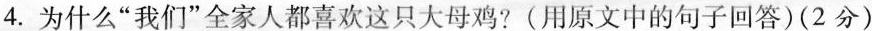
4.为什么”我们”全家人都喜欢这只大母鸡?(用原文中的句子回答)(2分)